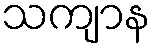
သကျာန